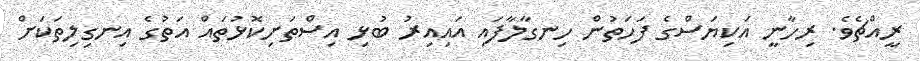
ރީއްޗެވެ. ރިހާނީ އަކިޔަސްގެ ފަހަތުން ހިނގާލާފައި އައިއިރު ބުޅި އިސްތަށިކޮޅުތައް އަތުގެ އިނގިލިތަކަށް